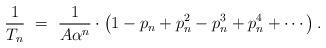
LaTeX: \begin{align*} \frac{1}{T_{n}}\ =\ \frac{1}{A\alpha^{n}}\cdot \left(1-p_{n}+p_{n}^{2}-p_{n}^{3}+p_{n}^{4}+\cdots\right).\end{align*}